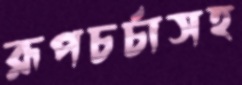
রূপচর্চাসহ